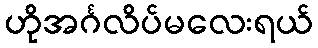
ဟိုအင်္ဂလိပ်မလေးရယ်